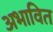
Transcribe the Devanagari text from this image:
अभावित